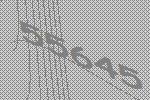
55645